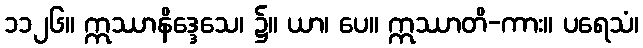
၁၁၂၆။ ဣဿာနိဒ္ဒေသေ၊ ၌။ ယာ၊ ပေ။ ဣဿာတိ-ကား။ ပရေသံ၊